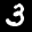
Label: 3